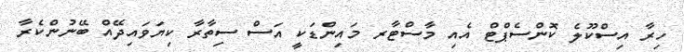
ހިރާ އިސްކޫލެ ކޮންސެޕްޓް އެއި މާސްޓާރ މައިންޑަކީ އަސް ސިތާރާ ކިޔަވައިދޭއް ބޭނުންކެރާ